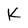
Character: K